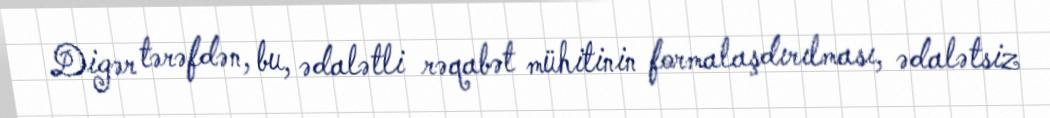
Digər tərəfdən, bu, ədalətli rəqabət mühitinin formalaşdırılması, ədalətsiz